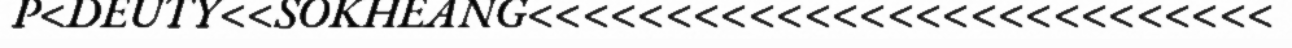
P<DEUTY<<SOKHEANG<<<<<<<<<<<<<<<<<<<<<<<<<<<